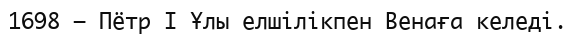
1698 — Пётр I Ұлы елшілікпен Венаға келеді.